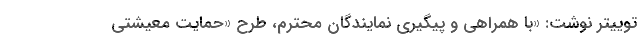
توییتر نوشت: «با همراهی و پیگیری نمایندگان محترم، طرح «حمایت معیشتی